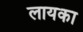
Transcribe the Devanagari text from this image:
लायका